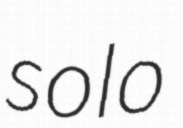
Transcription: solo